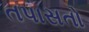
તપાસતો